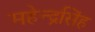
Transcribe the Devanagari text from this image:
महेन्द्रसिंह